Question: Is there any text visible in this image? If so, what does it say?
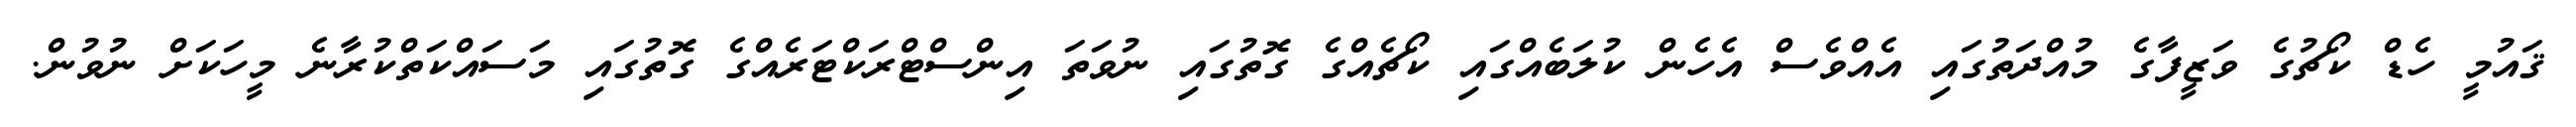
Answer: ޤައުމީ ހެޑް ކޯޗުގެ ވަޒީފާގެ މުއްދަތުގައި އެއްވެސް އެހެން ކުލަބެއްގައި ކޯޗެއްގެ ގޮތުގައި ނުވަތަ އިންސްޓްރަކްޓަރެއްގެ ގޮތުގައި މަސައްކަތްކުރާނެ މީހަކަށް ނުވުން.